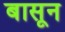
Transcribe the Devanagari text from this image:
बासून